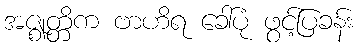
အဇ္ဈတ္တိက ဗာဟိရ ခေါ်ပုံ ဖွင့်ပြခန်း